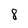
Character: 8